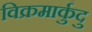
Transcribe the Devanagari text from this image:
विक्रमार्कुदु